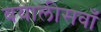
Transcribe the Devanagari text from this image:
बयालीसवाँ